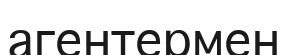
агентермен